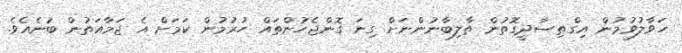
ހަވާލުވުމުން އިގްތިސާދީގޮތުން ތާލިބާނުންނަށް ގިނަ ގޮންޖެހުންތައް ހުރުމުން ކަމަށް އެ ޖަމާއަތުން ބުނެއެވެ.